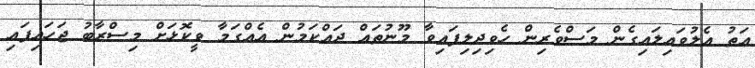
އަތު އެލުވައިލައިގެން މަސްވެރިން ހެވިދިލިފައިވާ މޫނުތައް ދައްކަމުން އެއްގަމާ ވީކޮޅަށް މިސްރާބު ޖަހައިފައި